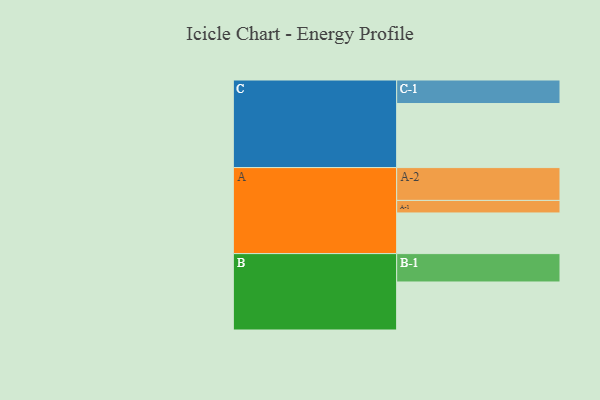
{"axis": {"x": "Segment", "y": "Value"}, "legend": ["", "A", "B", "C"], "data": [{"x": "A", "y": 337, "type": ""}, {"x": "B", "y": 398, "type": ""}, {"x": "C", "y": 531, "type": ""}, {"x": "A-1", "y": 104, "type": "A"}, {"x": "A-2", "y": 272, "type": "A"}, {"x": "B-1", "y": 235, "type": "B"}, {"x": "C-1", "y": 195, "type": "C"}]}